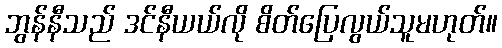
ဘွန်နီသည် ဒင်နီယယ်လို စိတ်ပြေလွယ်သူမဟုတ်။